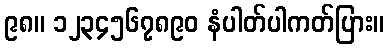
၉၈။ ၁၂၃၄၅၆၇၈၉၀ နံပါတ်ပါကတ်ပြား။